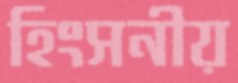
হিংসনীয়